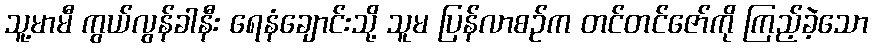
သူ့မာမီ ကွယ်လွန်ခါနီး ရေနံချောင်းသို့ သူမ ပြန်လာစဉ်က တင်တင်ဇော်ကို ကြည့်ခဲ့သော